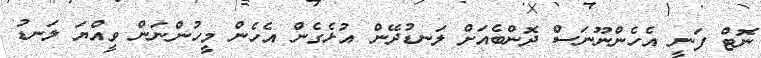
ނޮޓް ފަނީ އެހެންނޫނަސް ދޮންބެއަށް ލަނޑުދޭން އުޅެގެން އެހެން މީހުންނަން ވީއްޔަ ލަނޑު